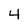
Character: 4